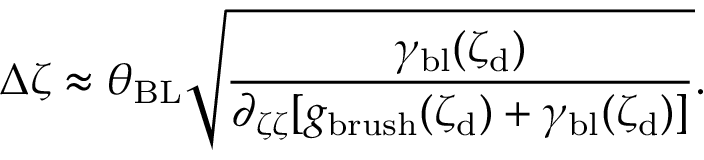
\Delta \zeta \approx \theta _ { \mathrm { B L } } \sqrt { \frac { \gamma _ { \mathrm { b l } } ( \zeta _ { \mathrm { d } } ) } { \partial _ { \zeta \zeta } [ g _ { \mathrm { b r u s h } } ( \zeta _ { \mathrm { d } } ) + \gamma _ { \mathrm { b l } } ( \zeta _ { \mathrm { d } } ) ] } } .